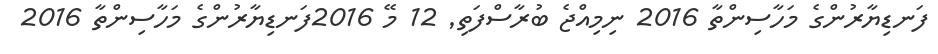
ފަނޑިޔާރުންގެ މަހާސިންތާ 2016 ނިމިއްޖެ ބުރާސްފަތި